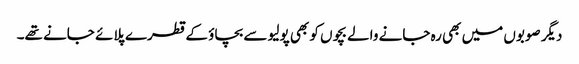
دیگر صوبوں میں بھی رہ جانے والے بچوں کو بھی پولیو سے بچاؤ کے قطرے پلائے جانے تھے۔